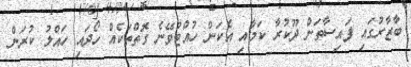
ބާޒާރުގައި ފައިސާތަށް ދޫކުރާ ކަމާއި އެކަން ހުއްޓުވޭނެ ގޮތްތަކެއް ހޯދައި ހައްލު ކުރަން